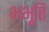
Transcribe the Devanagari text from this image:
भभूति